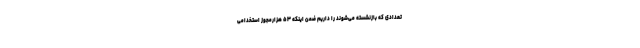
تعدادی که بازنشسته می‌شوند را داریم ضمن اینکه ۵۳ هزارمجوز استخدامی